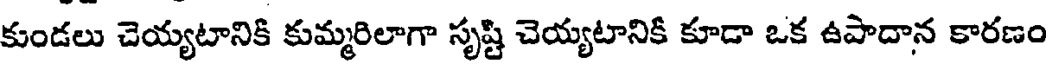
కుండలు చెయ్యటానికి కుమ్మరిలాగా సృష్టి చెయ్యటానికి కూడా ఒక ఉపాదాన కారణం